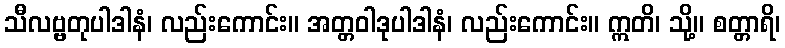
သီလဗ္ဗတုပါဒါနံ၊ လည်းကောင်း။ အတ္တဝါဒုပါဒါနံ၊ လည်းကောင်း။ ဣတိ၊ သို့။ စတ္တာရိ၊